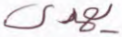
يهدى